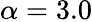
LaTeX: \alpha=3.0